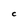
Character: C